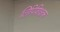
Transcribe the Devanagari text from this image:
लिपिशिक्षक